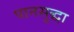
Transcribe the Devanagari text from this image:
पानसुद्धा